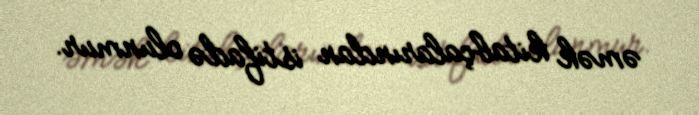
əmək kitabçalarından istifadə olunmur.